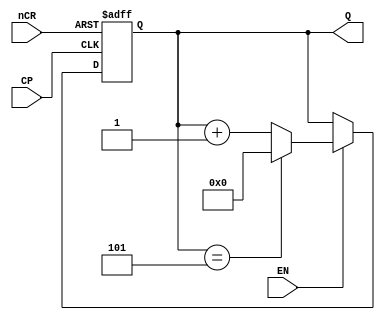
`timescale 1ns / 1ps
//////////////////////////////////////////////////////////////////////////////////
// Company: 
// Engineer: 
// 
// Design Name: 
// Module Name:    counter6 
// Project Name: 
// Target Devices: 
// Tool versions: 
// Description: 
//
// Dependencies: 
//
// Revision: 
// Revision 0.01 - File Created
// Additional Comments: 
//
//////////////////////////////////////////////////////////////////////////////////
module counter6(
    input CP,
    input nCR,
    input EN,
    output reg[3:0] Q
    );

	always@(posedge CP,negedge nCR)
	begin
		if(~nCR) 
			Q<=4'b0000;
		else
			if(~EN)
				Q<=Q;
			else 
				if(Q==4'b0101)
					
					Q<=4'b0000;
					
					
				else
					Q<=Q+1'b1;
	end

endmodule